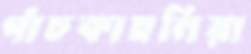
পাঁচকাহুনিয়া